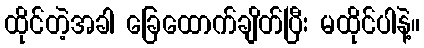
ထိုင်တဲ့အခါ ခြေထောက်ချိတ်ပြီး မထိုင်ပါနဲ့။